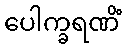
ပေါက္ခရဏိံ